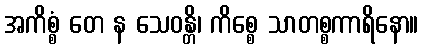
အကိစ္စံ တေ န သေဝန္တိ၊ ကိစ္စေ သာတစ္စကာရိနော။